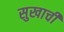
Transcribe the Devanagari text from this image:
सुखाचीं